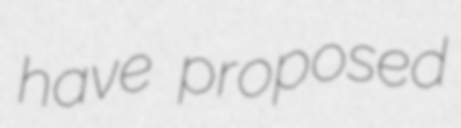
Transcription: have proposed